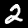
Digit: 2